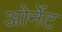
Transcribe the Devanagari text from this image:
ओर्नेट